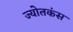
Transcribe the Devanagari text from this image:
ज्योतकंस